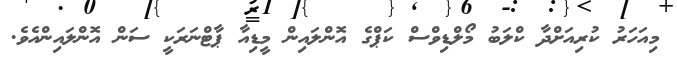
މިއަހަރު ކުރިއަށްދާ ކްލަބު މޯލްޑިވްސް ކަޕްގެ އޮންލައިން މީޑިއާ ޕާޓްނަރަކީ ސަން އޮންލައިންއެވެ.